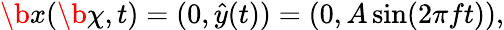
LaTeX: \begin{array}{r}{\b x(\b\chi,t)=(0,\hat{y}(t))=(0,A\sin(2\pi ft)),}\end{array}